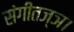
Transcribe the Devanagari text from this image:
संगीतज्ञ।